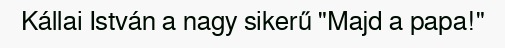
Kállai István a nagy sikerű "Majd a papa!"